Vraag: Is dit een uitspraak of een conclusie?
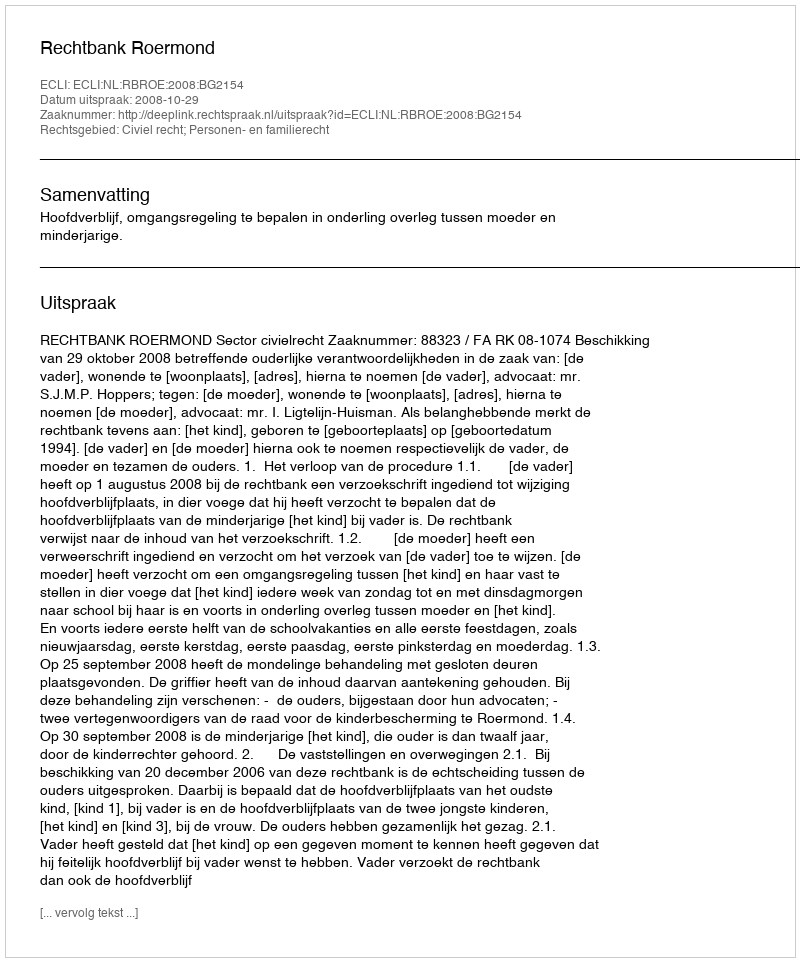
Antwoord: Uitspraak